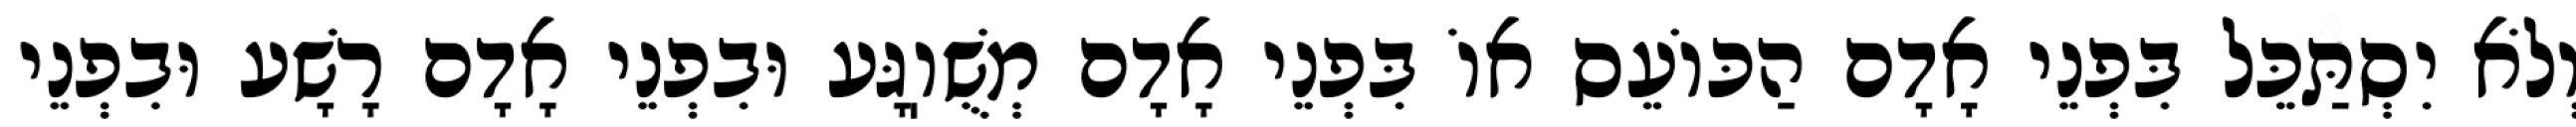
וְלֹא יִסְתַּכֵּל בִּפְנֵי אָדָם הַכּוֹעֵס אוֹ בִּפְנֵי אָדָם מְשֻׁוֽגָּע וּבִפְנֵי אָדָם רָשָׁע וּבִפְנֵי